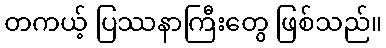
တကယ့် ပြဿနာကြီးတွေ ဖြစ်သည်။